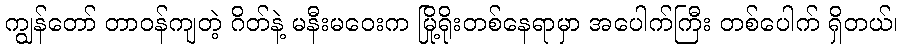
ကျွန်တော် တာဝန်ကျတဲ့ ဂိတ်နဲ့ မနီးမဝေးက မြို့ရိုးတစ်နေရာမှာ အပေါက်ကြီး တစ်ပေါက် ရှိတယ်၊